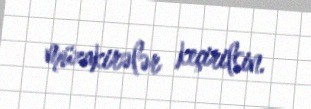
müzakirələr keçirilsin.